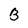
Character: 3